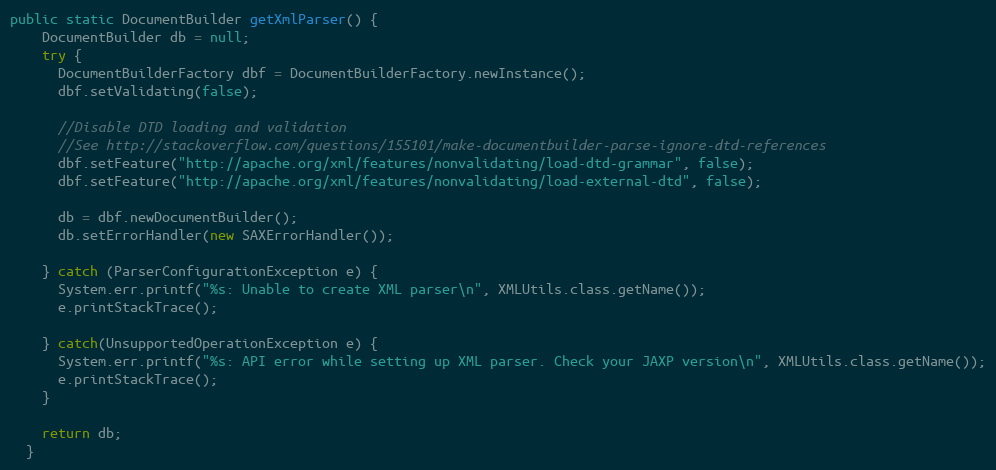
Language: Java
public static DocumentBuilder getXmlParser() {
    DocumentBuilder db = null;
    try {
      DocumentBuilderFactory dbf = DocumentBuilderFactory.newInstance();
      dbf.setValidating(false);

      //Disable DTD loading and validation
      //See http://stackoverflow.com/questions/155101/make-documentbuilder-parse-ignore-dtd-references
      dbf.setFeature("http://apache.org/xml/features/nonvalidating/load-dtd-grammar", false);
      dbf.setFeature("http://apache.org/xml/features/nonvalidating/load-external-dtd", false);

      db = dbf.newDocumentBuilder();
      db.setErrorHandler(new SAXErrorHandler());

    } catch (ParserConfigurationException e) {
      System.err.printf("%s: Unable to create XML parser\n", XMLUtils.class.getName());
      e.printStackTrace();

    } catch(UnsupportedOperationException e) {
      System.err.printf("%s: API error while setting up XML parser. Check your JAXP version\n", XMLUtils.class.getName());
      e.printStackTrace();
    }

    return db;
  }